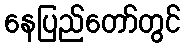
နေပြည်တော်တွင်